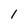
Character: 1